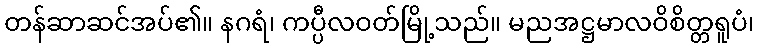
တန်ဆာဆင်အပ်၏။ နဂရံ၊ ကပ္ပီလဝတ်မြို့သည်။ မညအဋ္ဌမာလဝိစိတ္တရူပံ၊